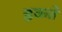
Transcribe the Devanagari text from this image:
इकते